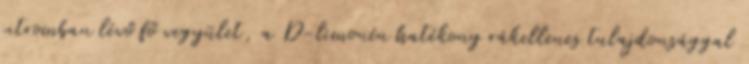
citromban lévő fő vegyület, a D-limonén hatékony rákellenes tulajdonsággal